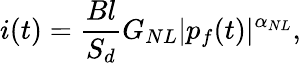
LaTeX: i(t)=\frac{Bl}{S_{d}}G_{NL}|p_{f}(t)|^{\alpha_{NL}},